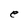
Character: e